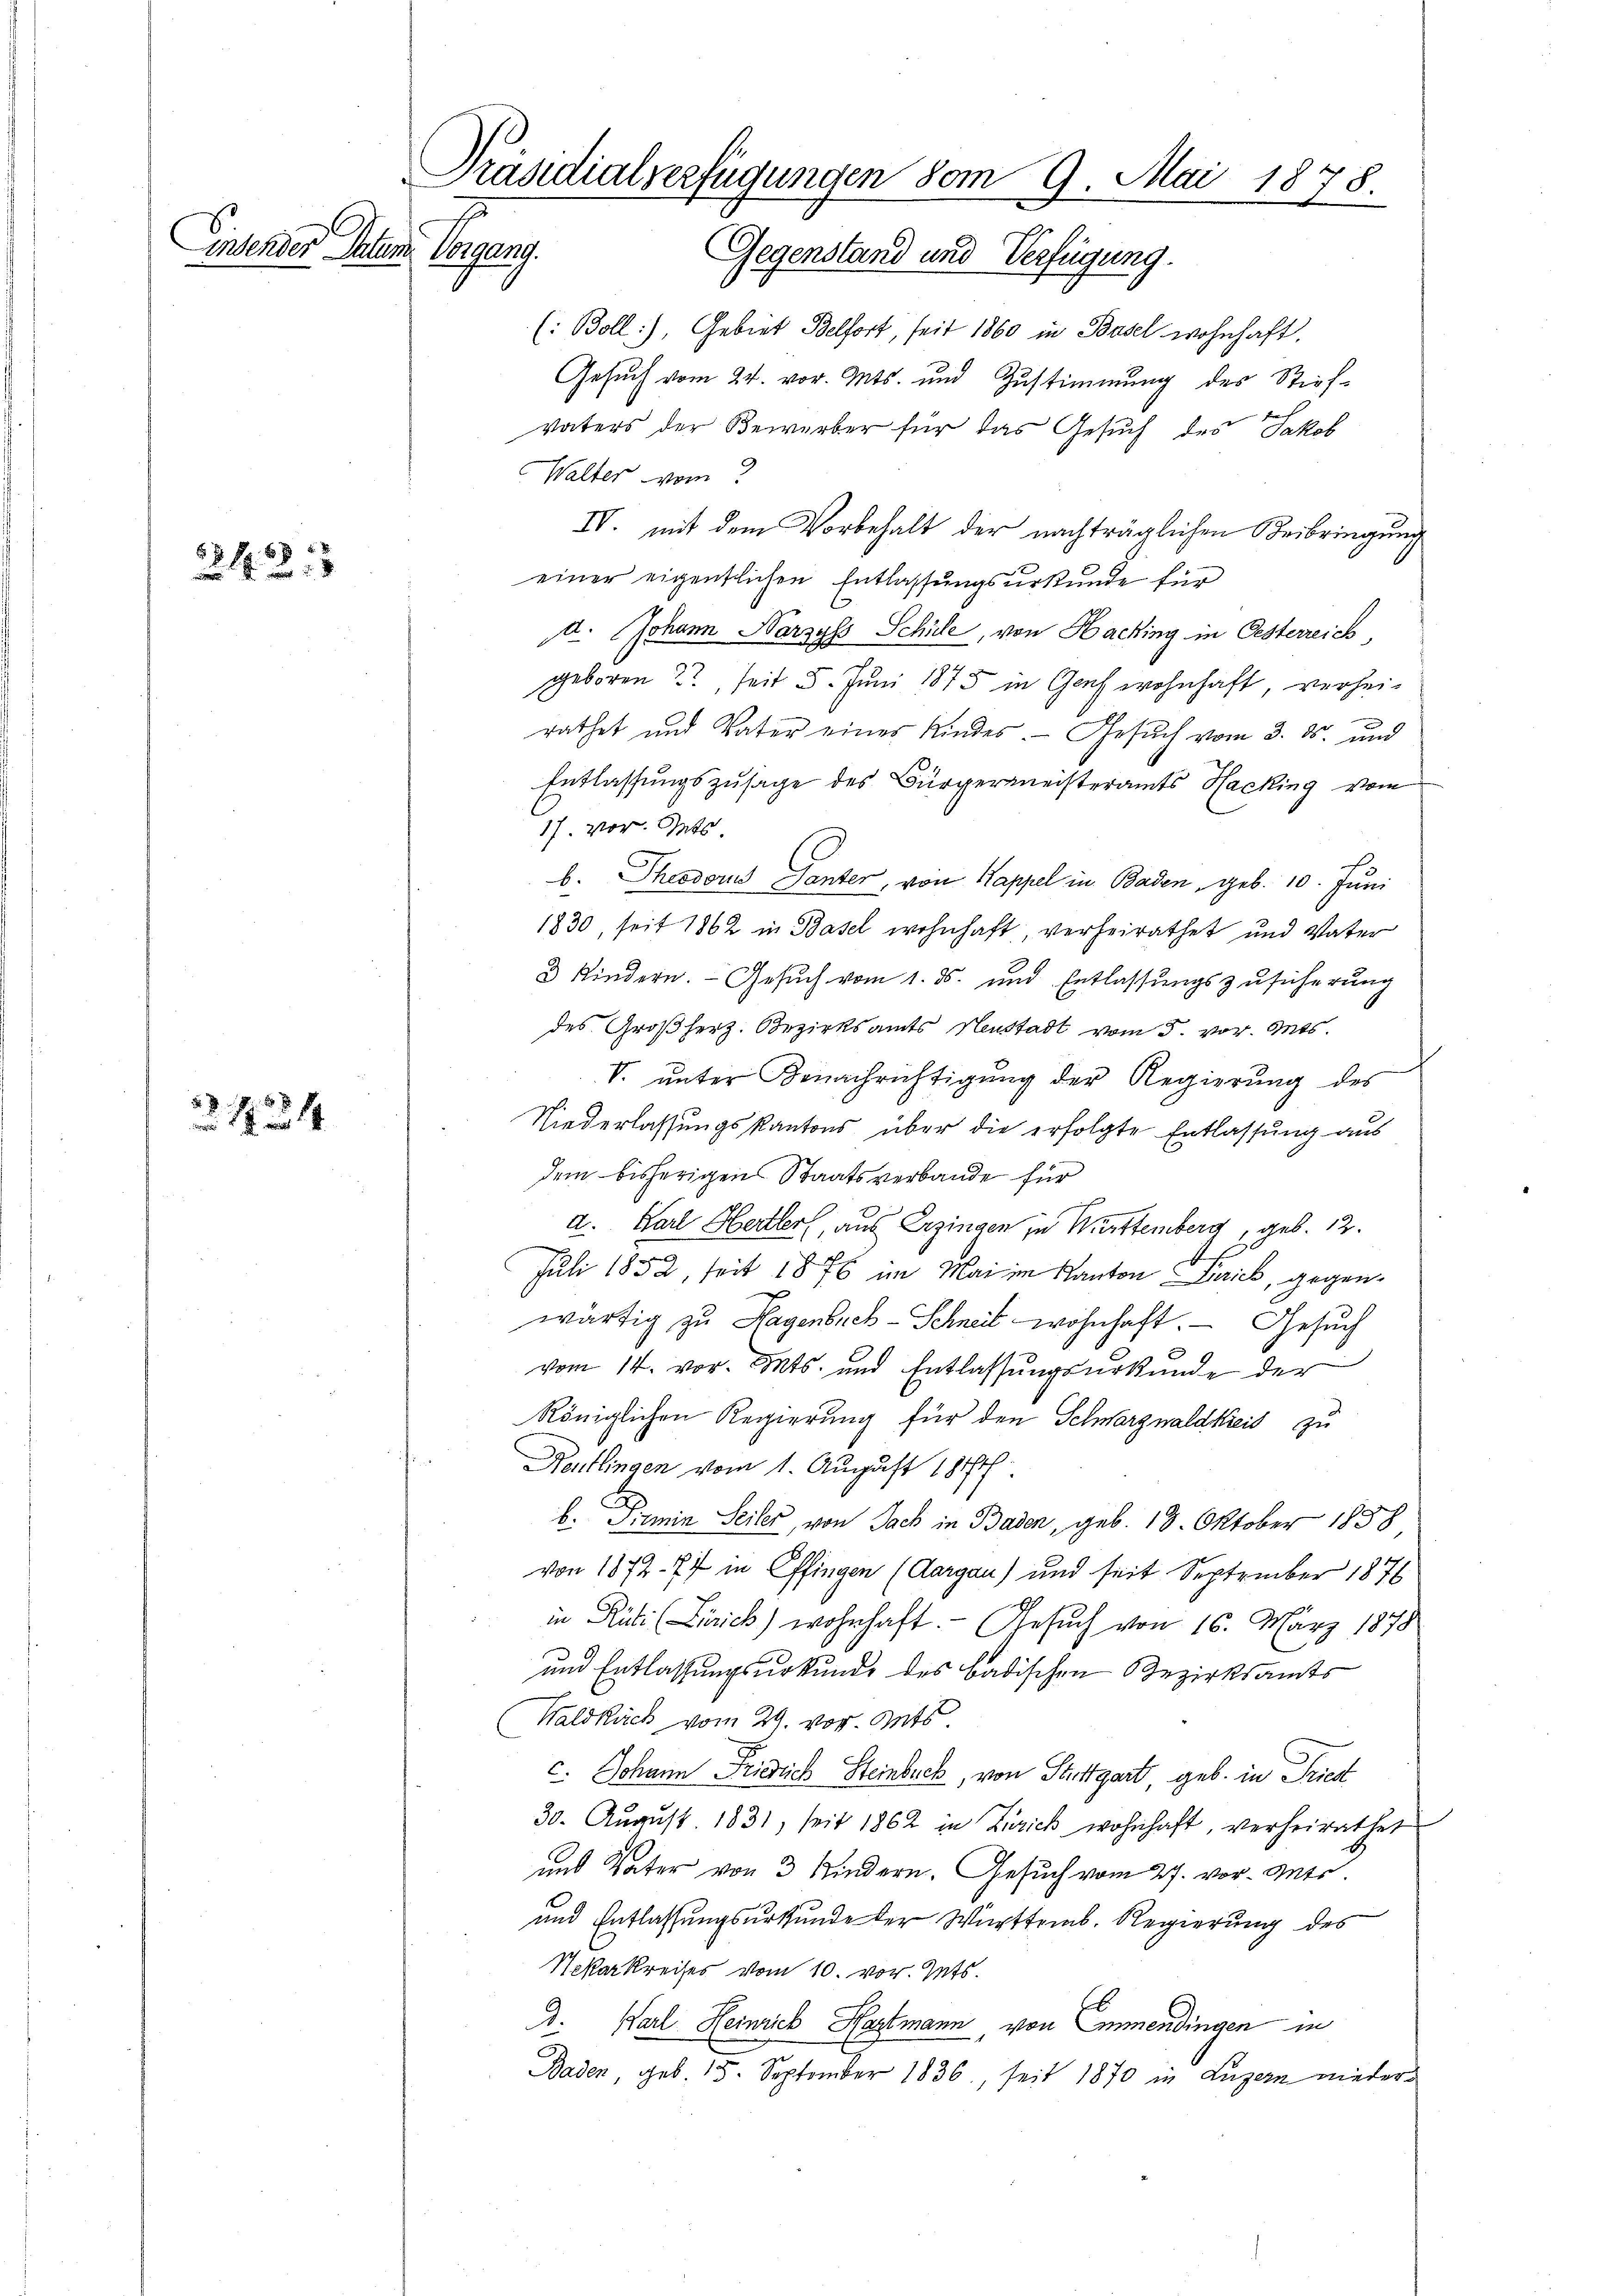
insender Paten

2425

2
14

Präsidialverfügungen vom 9. Mai 1878.
Begang
Gegenstand und Verfügung.

(Boll), Gebiet Belfort, seit 1860 in Basel wohnhaft,
Gesuch vom 24. vor. Mts. und Zustimmung des Straf¬
Vaters der Bewerber für das Gesuch des Jakob
Walter vom
IV. mit dem Vorbehalt der nachträglichen Beibringung
einer eigentlichen Entlassungsurkunde für
d. Johann Harzyss Schüle, von Hacking in Oesterreich
geboren 22 seit 5. Juni 1875 in Genf wohnhaft, verheirathet und Vater eines Kindes. Gesuch vom 3. ds. und
Entlassungszusage des Bürgermeisteramts Hacking vom
17. vor. Guts.
b. Theodoris Tanter, von Kappel in Baden, geb. 10. Juni
1830, seit 1862 in Basel wohnhaft verheirathet und Vater
3 Kindern. Gesuch vom 1. ds. und Entlassungszusicherung
des Großherz. Bezirksamts Neustadt vom 5. vor. Mts.
V. ŭnter Benachrichtigŭng der Regierŭng des
Niederlassungskantons über die erfolgte Entlassung aus
dem bisherigen Staatsverbande für
d. Karl Hertler, aus Erzingen zu Württemberg, geb. 12.
Juli 1852, seit 1876 im Mai im Kanton Frick, gegenwärtig zu Hagenbuch-Schneit wohnhaft. — Gesuch
vom 14. vor. Mts. und Entlassungsurkunde der
königlichen Regierung für den Schwarznaldkreis zu
Deutlingen vom 1. August 1814.
b. Siemin Seiler, von Sach in Baden, geb. 18. Oktober 1858
von 1872. 77 in Effingen (Aargau) und seit September 1876
in Rüti (Zürich) wohnhaft. - Gesuch von 16. März 1878
und Entlassungsurkunde des badischen Bezirksamts
Waldkück vom 29. vor. Guts
c. Johann Friedlich Steinbeck, von Stuttgart, geb. in Fried
30. August 1831, seit 1862 in Zürich wohnhaft, verheirathet
und Vater von 3 Kindern. Gesuch vom 27. vor. Mts
und Entlassungsurkunde der Württemb. Regierung des
Nekarkreises vom 10. vor. Jets.
3.
Karl Heinrich Hartmann, von Emmendingen in
Baden, geb. 15. September 1836., seit 1870 in Luzern nieder¬